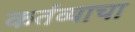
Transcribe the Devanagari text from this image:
कर्तव्याचा